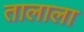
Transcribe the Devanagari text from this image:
तालाला